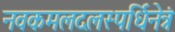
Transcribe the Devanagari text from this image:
नवकमलदलस्पर्धिनेत्रं